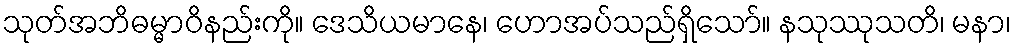
သုတ်အဘိဓမ္မာဝိနည်းကို။ ဒေသိယမာနေ၊ ဟောအပ်သည်ရှိသော်။ နသုဿုသတိ၊ မနာ၊